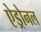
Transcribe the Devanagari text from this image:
ऐड्रोनल